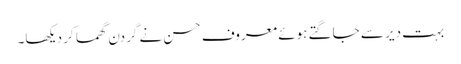
بہت دیر سے جاگتے ہوئے معروف حسن نے گردن گھما کر دیکھا۔